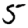
Digit: 5